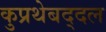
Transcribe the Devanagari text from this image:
कुप्रथेबद्दल